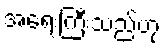
အရေးကြီးသည်ဟု